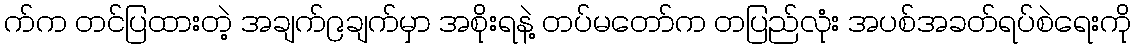
က်က တင်ပြထားတဲ့ အချက်၉ချက်မှာ အစိုးရနဲ့ တပ်မတော်က တပြည်လုံး အပစ်အခတ်ရပ်စဲရေးကို